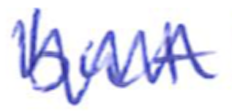
Text: but
Cross-out: zig-zag
Writing tool: ballpoint